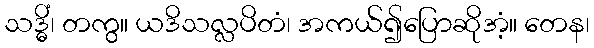
သဒ္ဓိံ၊ တကွ။ ယဒိသလ္လပိတံ၊ အကယ်၍ပြောဆိုအံ့။ တေန၊